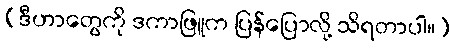
(ဒီဟာတွေကို ဒကာဖြူက ပြန်ပြောလို့ သိရတာပါ။)